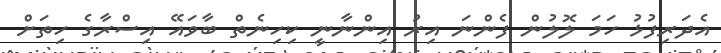
އެދަރިފުޅު ހަމަ ލޮލުން ފެންނަ އިރު އިންނާނީ ކިހިނެތް ބާވައޭ އިސްރާގެ ހިތަށް